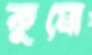
কুমো